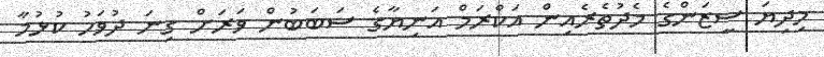
މިދިޔަ ސީޒަންގެ މެދުތެރެއިން އަކްރަމް އަނިޔާގެ ސަބަބުން ވަރަށް ގިނަ ދުވަހު ކުޅުމާ